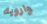
وارويك